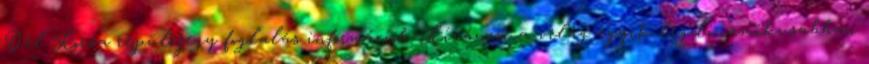
Dél-Korea repülőjegy foglalás információk Kíváncsi a világ egyik legdinamikusabban